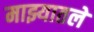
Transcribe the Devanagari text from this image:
माझ्यातले